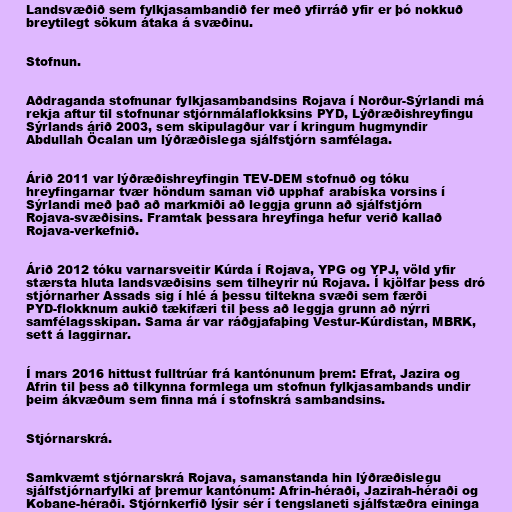
Landsvæðið sem fylkjasambandið fer með yfirráð yfir er þó nokkuð
breytilegt sökum átaka á svæðinu.

Stofnun.

Aðdraganda stofnunar fylkjasambandsins Rojava í Norður-Sýrlandi má
rekja aftur til stofnunar stjórnmálaflokksins PYD, Lýðræðishreyfingu
Sýrlands árið 2003, sem skipulagður var í kringum hugmyndir
Abdullah Öcalan um lýðræðislega sjálfstjórn samfélaga.

Árið 2011 var lýðræðishreyfingin TEV-DEM stofnuð og tóku
hreyfingarnar tvær höndum saman við upphaf arabíska vorsins í
Sýrlandi með það að markmiði að leggja grunn að sjálfstjórn
Rojava-svæðisins. Framtak þessara hreyfinga hefur verið kallað
Rojava-verkefnið.

Árið 2012 tóku varnarsveitir Kúrda í Rojava, YPG og YPJ, völd yfir
stærsta hluta landsvæðisins sem tilheyrir nú Rojava. Í kjölfar þess dró
stjórnarher Assads sig í hlé á þessu tiltekna svæði sem færði
PYD-flokknum aukið tækifæri til þess að leggja grunn að nýrri
samfélagsskipan. Sama ár var ráðgjafaþing Vestur-Kúrdistan, MBRK,
sett á laggirnar.

Í mars 2016 hittust fulltrúar frá kantónunum þrem: Efrat, Jazira og
Afrin til þess að tilkynna formlega um stofnun fylkjasambands undir
þeim ákvæðum sem finna má í stofnskrá sambandsins.

Stjórnarskrá.

Samkvæmt stjórnarskrá Rojava, samanstanda hin lýðræðislegu
sjálfstjórnarfylki af þremur kantónum: Afrin-héraði, Jazirah-héraði og
Kobane-héraði. Stjórnkerfið lýsir sér í tengslaneti sjálfstæðra eininga